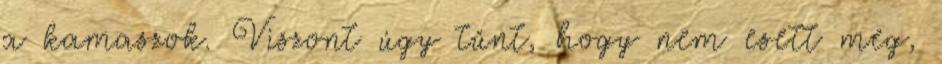
a kamaszok. Viszont úgy tűnt, hogy nem esett meg,